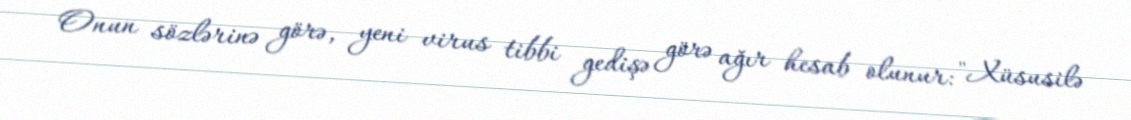
Onun sözlərinə görə, yeni virus tibbi gedişə görə ağır hesab olunur: "Xüsusilə